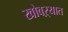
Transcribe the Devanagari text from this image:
खोबऱ्यात